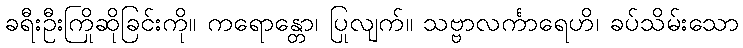
ခရီးဦးကြိုဆိုခြင်းကို။ ကရောန္တော၊ ပြုလျက်။ သဗ္ဗာလင်္ကာရေဟိ၊ ခပ်သိမ်းသော